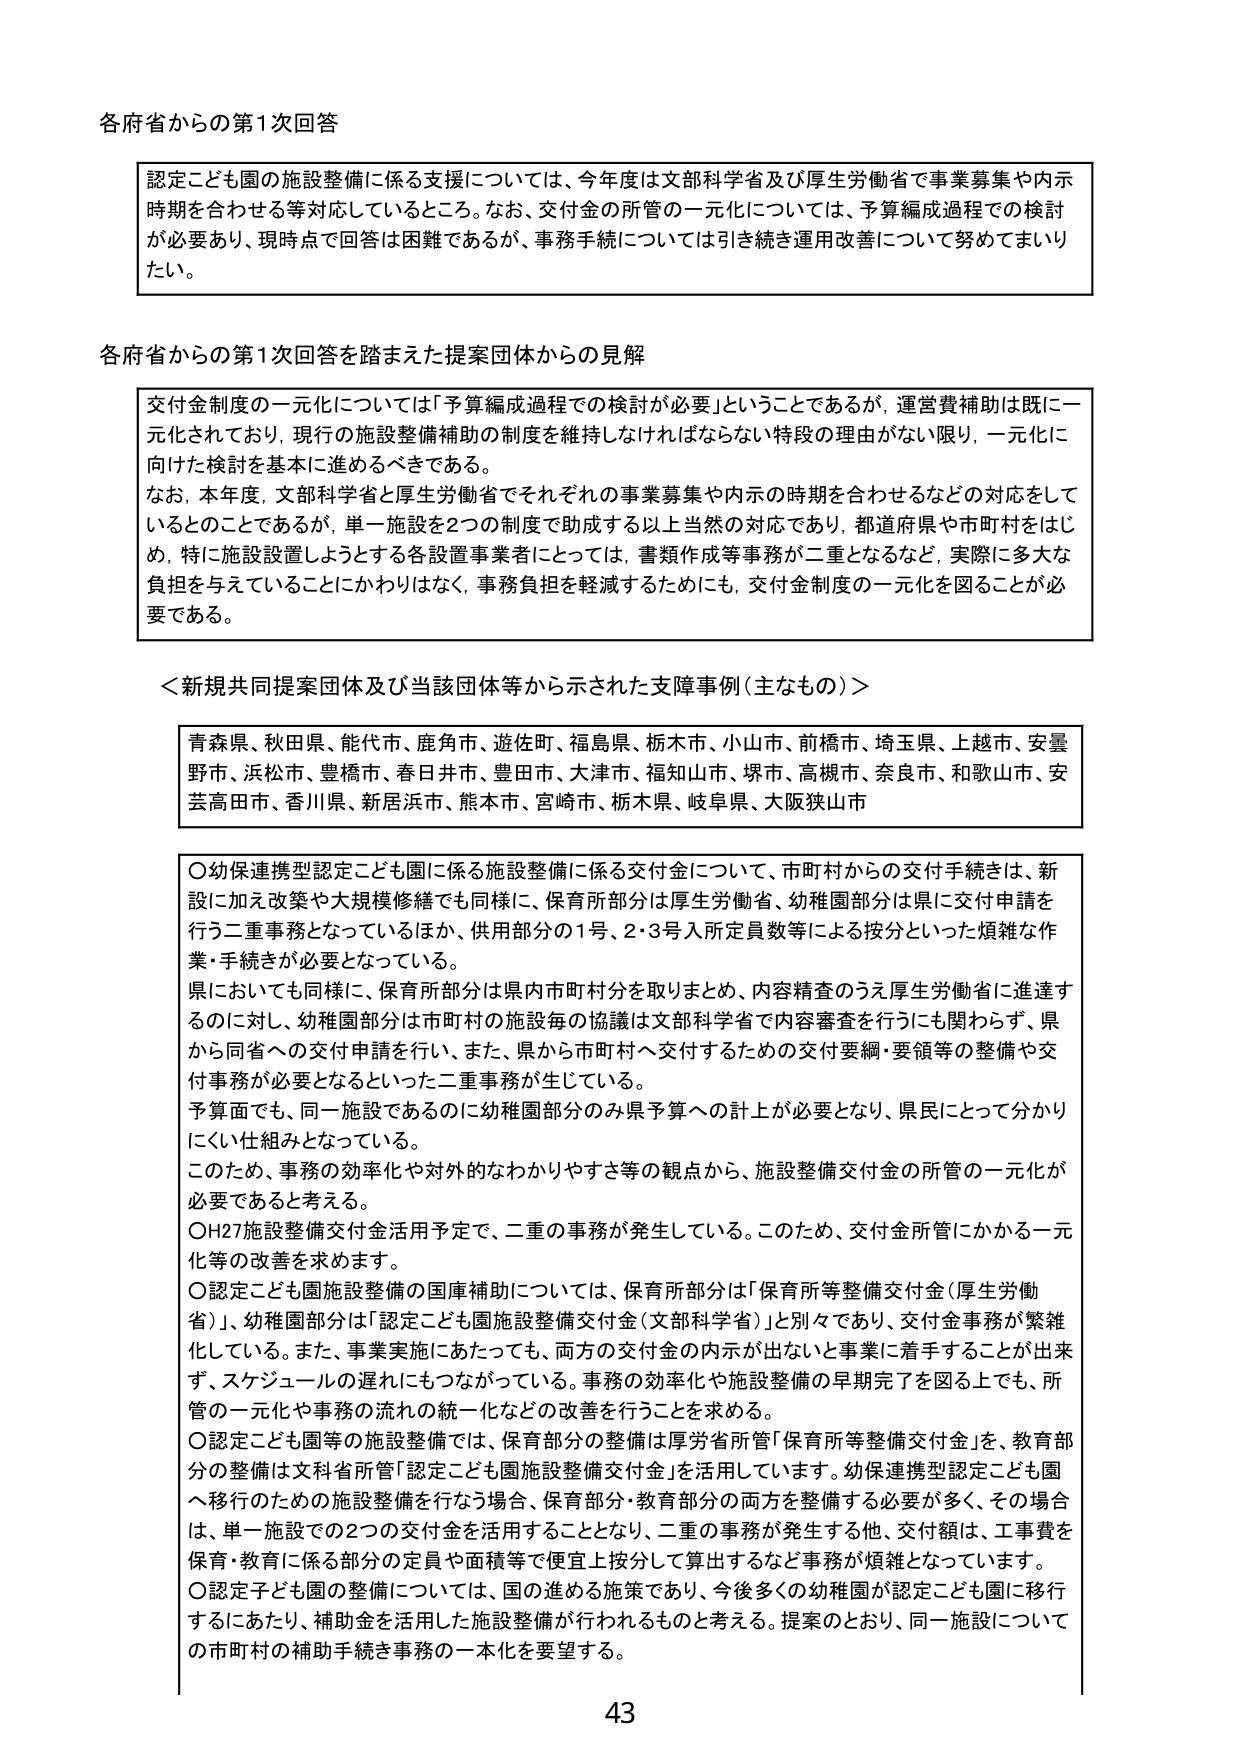
各府省からの第1次回答

認定こども園の施設整備に係る支援については、今年度は文部科学省及び厚生労働省で事業募集や内示時期を合わせる等対応しているところ。なお、交付金の所管の一元化については、予算編成過程での検討が必要あり、現時点で回答は困難であるが、事務手続については引き続き運用改善について努めてまいりたい。

各府省からの第1次回答を踏まえた提案団体からの見解

交付金制度の一元化については「予算編成過程での検討が必要」ということであるが、運営費補助は既に一元化されており、現行の施設整備補助の制度を維持しなければならない特段の理由がない限り、一元化に向けた検討を基本に進めるべきである。
なお、本年度、文部科学省と厚生労働省でそれぞれの事業募集や内示の時期を合わせるなどの対応をしているとのことであるが、単一施設を2つの制度で助成する以上当然の対応であり、都道府県や市町村をはじめ、特に施設設置しようとする各設置事業者にとっては、書類作成等事務が二重となるなど、実際に多大な負担を与えていることにかわりはなく、事務負担を軽減するためにも、交付金制度の一元化を図ることが必要である。

＜新規共同提案団体及び当該団体等から示された支援事例（主なもの）＞

青森県、秋田県、能代市、鹿角市、遊佐町、福島県、栃木市、小山市、前橋市、埼玉県、上越市、安曇野市、浜松市、豊橋市、春日井市、豊田市、大津市、福知山市、堺市、高槻市、奈良市、和歌山市、安芸高田市、香川県、新居浜市、熊本市、宮崎市、栃木県、岐阜県、大阪狭山市

○幼保連携型認定こども園に係る施設整備に係る交付金について、市町村からの交付手続きは、新設に加え改築や大規模修繕でも同様に、保育所部分は厚生労働省、幼稚園部分は県に交付申請を行う二重事務となっているほか、供用部分の1号、2・3号入所定員数等による按分といった煩雑な作業・手続きが必要となっている。
県においても同様に、保育所部分は県内市町村分を取りまとめ、内容精査のうえ厚生労働省に進達するのに対し、幼稚園部分は市町村の施設毎の協議は文部科学省で内容審査を行うにも関わらず、県から同省への交付申請を行い、また、県から市町村へ交付するための交付要綱・要領等の整備や交付事務が必要となるといった二重事務が生じている。
予算面でも、同一施設であるのに幼稚園部分のみ県予算への計上が必要となり、県民にとって分かりにくい仕組みとなっている。
このため、事務の効率化や対外的なわかりやすさ等の観点から、施設整備交付金の所管の一元化が必要であると考える。
○H27施設整備交付金活用予定で、二重の事務が発生している。このため、交付金所管にかかる一元化等の改善を求めます。
○認定こども園施設整備の国庫補助については、保育所部分は「保育所等整備交付金（厚生労働省）」、幼稚園部分は「認定こども園施設整備交付金（文部科学省）」と別々であり、交付金事務が繁雑化している。また、事業実施にあたっても、両方の交付金の内示が出ないと事業に着手することが出来ず、スケジュールの遅れにもつながっている。事務の効率化や施設整備の早期完了を図る上でも、所管の一元化や事務の流れの統一化などの改善を行うことを求める。
○認定こども園等の施設整備では、保育部分の整備は厚労省所管「保育所等整備交付金」を、教育部分の整備は文科省所管「認定こども園施設整備交付金」を活用しています。幼保連携型認定こども園へ移行のための施設整備を行なう場合、保育部分・教育部分の両方を整備する必要が多く、その場合は、単一施設での2つの交付金を活用することとなり、二重の事務が発生する他、交付額は、工事費を保育・教育に係る部分の定員や面積等で便宜上按分して算出するなど事務が煩雑となっています。
○認定子ども園の整備については、国の進める施策であり、今後多くの幼稚園が認定こども園に移行するにあたり、補助金を活用した施設整備が行われるものと考える。提案のとおり、同一施設についての市町村の補助手続き事務の一本化を要望する。

43